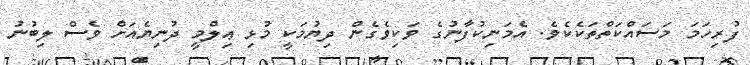
ފުރިހަމަ މަސައްކަތްތަކެކެވެ. އެމަނިކުފާނުގެ ވަކިވެގެން ދިޔުމަކީ މުޅި ޢިލްމީ ދުނިޔެއަށް ވެސް ލިބުނު